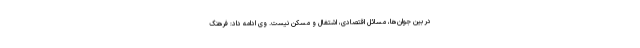
در بین جوان‌ها، مسائل اقتصادی، اشتغال و مسکن نیست. وی ادامه داد: فرهنگ